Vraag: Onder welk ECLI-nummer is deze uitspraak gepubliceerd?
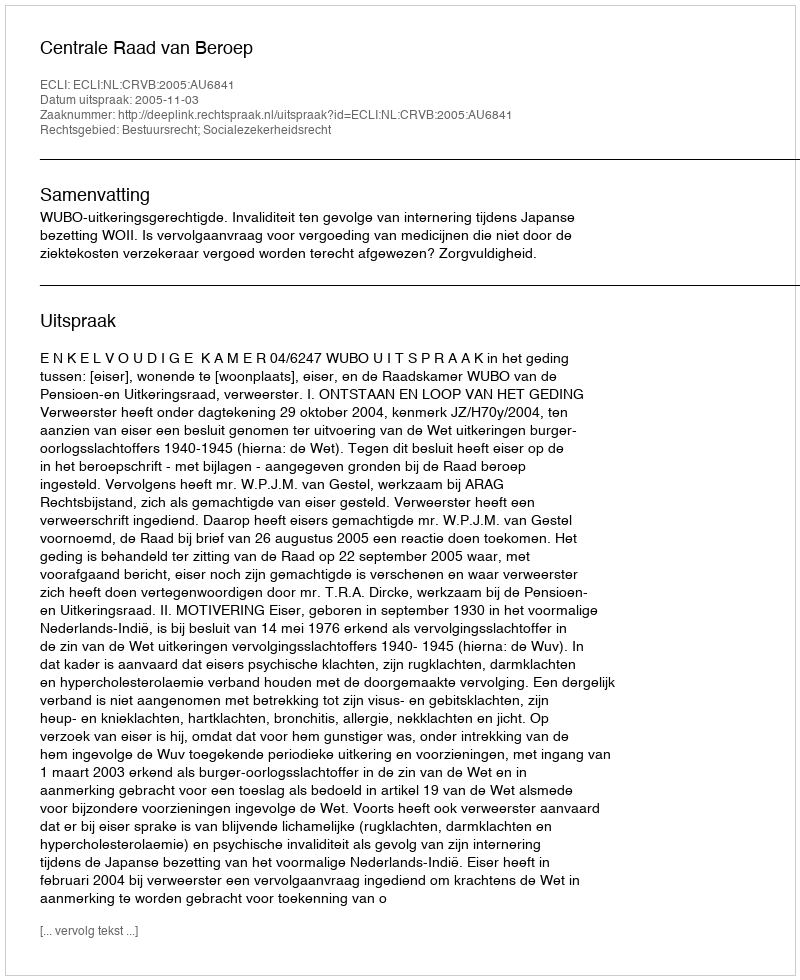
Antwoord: ECLI:NL:CRVB:2005:AU6841